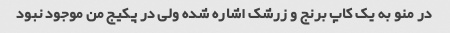
در منو به یک کاپ برنج و زرشک اشاره شده ولی در پکیج من موجود نبود